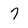
Character: 7